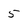
Character: 5